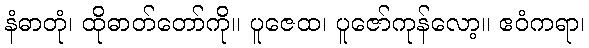
နံဓာတုံ၊ ထိုဓာတ်တော်ကို။ ပူဇေထ၊ ပူဇော်ကုန်လော့။ ဧဝံကရာ၊